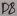
Text: D8